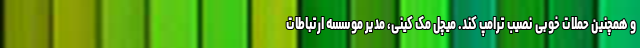
و همچنین حملات خوبی نصیب ترامپ کند. میچل مک کینی، مدیر موسسه ارتباطات